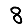
Digit: 8